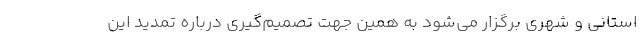
استانی و شهری برگزار می‌شود به همین جهت تصمیم‌گیری درباره تمدید این